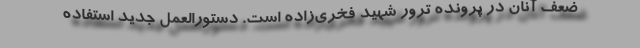
ضعف آنان در پرونده ترور شهید فخری‌زاده است. دستورالعمل جدید استفاده